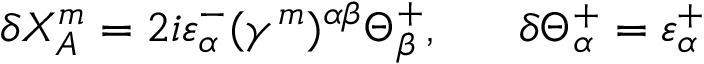
\delta { X _ { A } ^ { m } } = 2 i \varepsilon _ { \alpha } ^ { - } ( \gamma ^ { m } ) ^ { \alpha \beta } \Theta _ { \beta } ^ { + } , \ \ \ \ \ \delta \Theta _ { \alpha } ^ { + } = \varepsilon _ { \alpha } ^ { + }